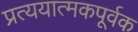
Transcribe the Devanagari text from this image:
प्रत्ययात्मकपूर्वक